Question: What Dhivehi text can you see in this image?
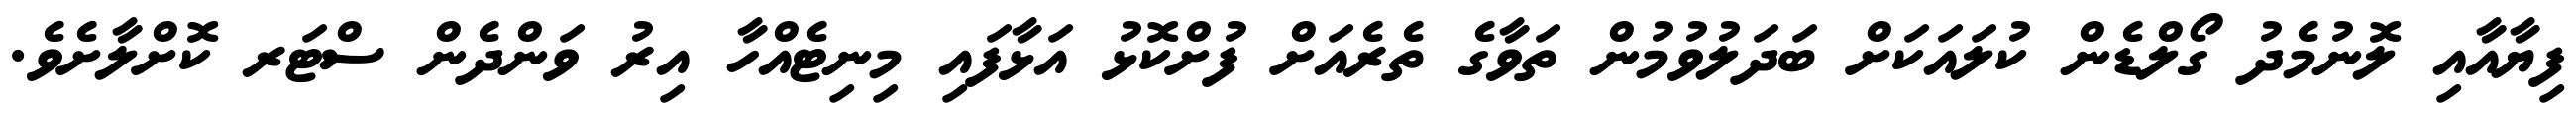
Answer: ފިޔާއާއި ލޮނުމެދު ގޯލްޑެން ކުލައަކަށް ބަދަލުވުމުން ތަވާގެ ތެރެއަށް ފުށްކޮޅު އަޅާފައި މިނިޓެއްހާ އިރު ވަންދެން ސްޓަރ ކޮށްލާށެވެ.